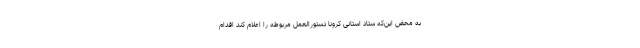
به محض این‌که ستاد استانی کرونا دستورالعمل مربوطه را اعلام کند اقدام